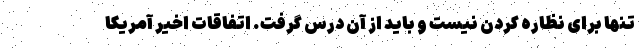
تنها برای نظاره کردن نیست و باید از آن درس گرفت. اتفاقات اخیر آمریکا